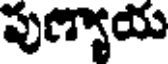
పుణ్యాయ